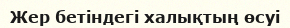
Жер бетіндегі халықтың өсуі